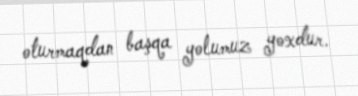
oturmaqdan başqa yolumuz yoxdur.